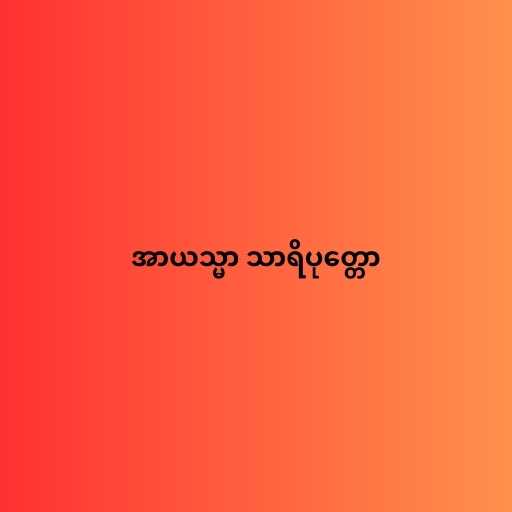
အာယသ္မာ သာရိပုတ္တော